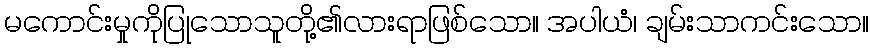
မကောင်းမှုကိုပြုသောသူတို့၏လားရာဖြစ်သော။ အပါယံ၊ ချမ်းသာကင်းသော။